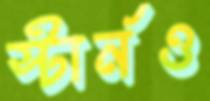
স্টার্নও